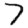
Digit: 7